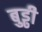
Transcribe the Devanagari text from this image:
बुड्ढी